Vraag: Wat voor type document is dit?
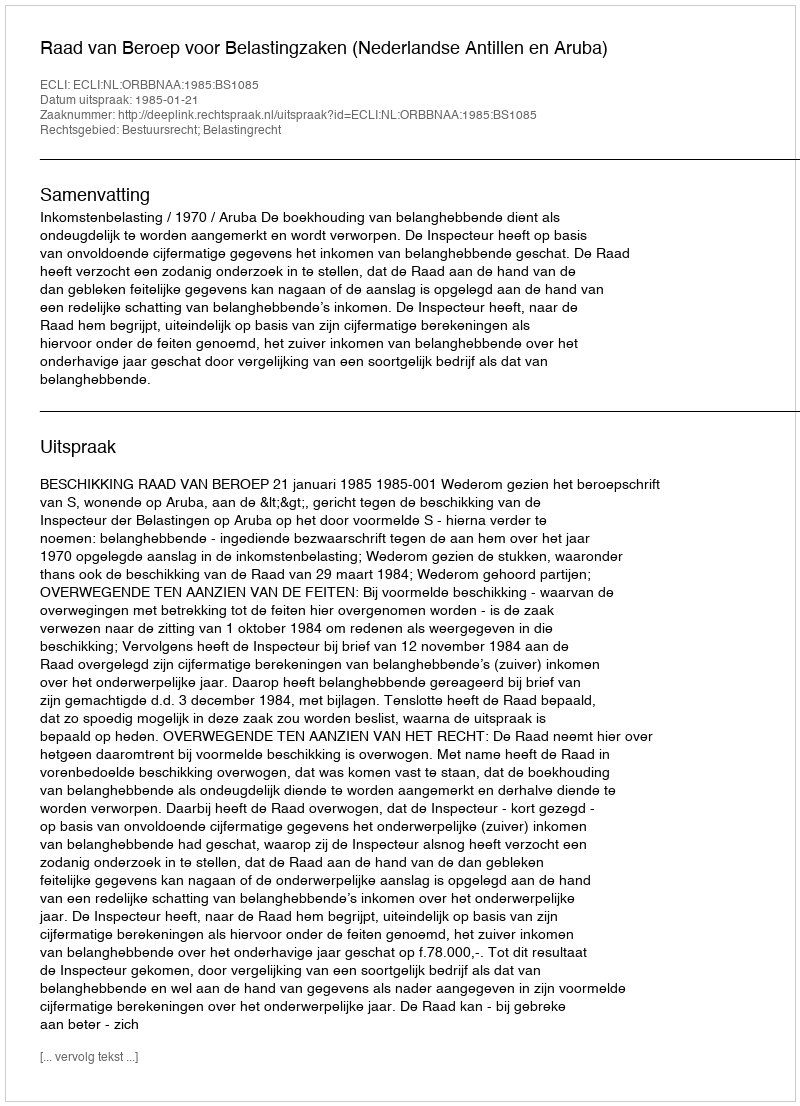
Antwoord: Uitspraak